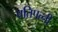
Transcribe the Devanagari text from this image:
पतिपत्‍नी